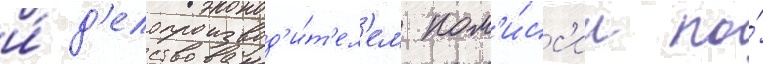
и́ д'елопроизвод'и́т'ел'ем ком'и́сс'ии по́